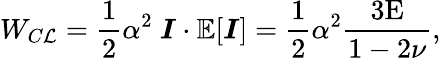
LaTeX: W_{C\mathcal{L}}=\frac{{1}}{{2}}\alpha^{2}\ \boldsymbol{I}\cdot\mathbb{{E}}[\boldsymbol{I}]=\frac{{1}}{{2}}\alpha^{2}\frac{{3\textup{{E}}}}{{1-2\nu}},